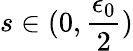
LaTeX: s\in(0,\frac{\epsilon_{0}}{2})